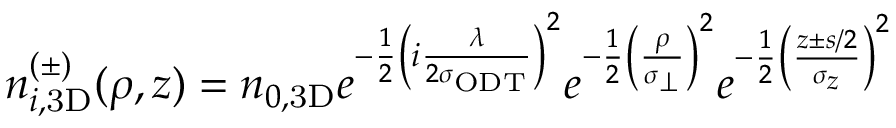
n _ { i , \mathrm { 3 D } } ^ { ( \pm ) } ( \rho , z ) = n _ { 0 , \mathrm { 3 D } } e ^ { - \frac { 1 } { 2 } \left( i \frac { \lambda } { 2 \sigma _ { \mathrm { { O D T } } } } \right) ^ { 2 } } e ^ { - \frac { 1 } { 2 } \left( \frac { \rho } { \sigma _ { \perp } } \right) ^ { 2 } } e ^ { - \frac { 1 } { 2 } \left( \frac { z \pm s / 2 } { \sigma _ { z } } \right) ^ { 2 } }